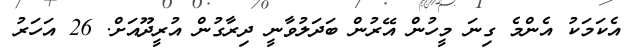
އެކަމަކު އެންމެ ގިނަ މީހުން އޭރުން ބަދަލުވާނީ ދިރާގުން އުރީދޫއަށް. 26 އަހަރު